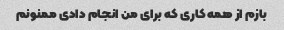
بازم از همه کاری که برای من انجام دادی ممنونم